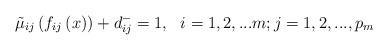
LaTeX: \begin{align*} {\tilde \mu _{ij}}\left( {{f_{ij}}\left( x \right)} \right) + d_{ij}^ - = 1,\,\,\,\,i = 1,2,...m;j = 1,2,...,p_m\end{align*}